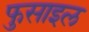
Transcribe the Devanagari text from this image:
फुसाइल